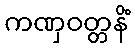
ကဏှဝတ္တနိံ